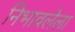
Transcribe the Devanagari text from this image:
निभावलेला